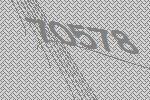
70578